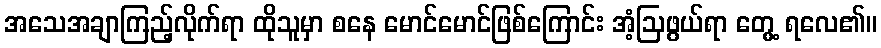
အသေအချာကြည့်လိုက်ရာ ထိုသူမှာ စနေ မောင်မောင်ဖြစ်ကြောင်း အံ့ဩဖွယ်ရာ တွေ့ ရလေ၏။